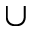
\cup